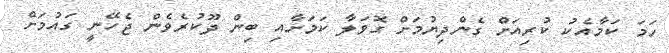
ހަމަ ކަމާއެކު ކުރިއަށް ގެންދިޔުމަށް ގޮވަލާ ކަމަށާއި ބިން ދޫކުރެވެން ޖެހޭނީ ގައުމަށް